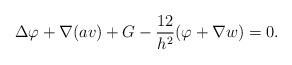
LaTeX: \begin{align*} \Delta\varphi+\nabla(av)+G-\frac{12}{h^2}(\varphi+\nabla w)=0.\end{align*}